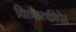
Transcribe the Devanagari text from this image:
विच्केत्कीपेर